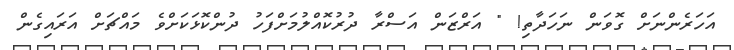
އަހަރެންނަށް ގޮވަން ނަހަދާތި! " އަރްޒަން އަސްރާ ދުރުކޮއްލުމަށްފަހު ދުންކޮޅަކަށްވެ މައްޗަށް އަރައިގެން